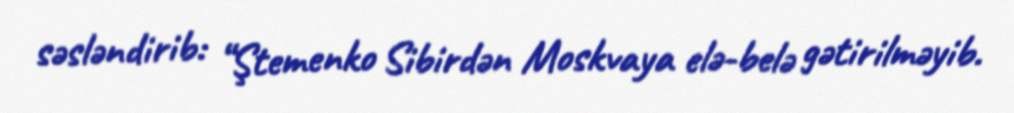
səsləndirib: “Ştemenko Sibirdən Moskvaya elə-belə gətirilməyib.